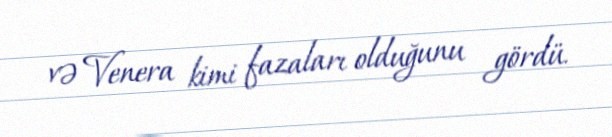
və Venera kimi fazaları olduğunu gördü.